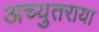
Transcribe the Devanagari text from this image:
अच्युतराया